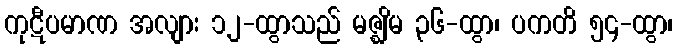
ကုဋီပမာဏ အလျား ၁၂-ထွာသည် မဇ္ဈိမ ၃၆-ထွာ၊ ပကတိ ၅၄-ထွာ၊